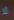
لا